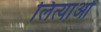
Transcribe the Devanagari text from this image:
लित्याओं